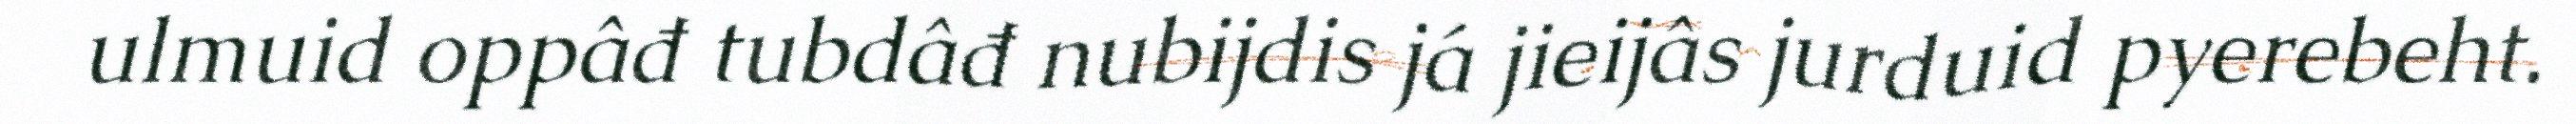
ulmuid oppâđ tubdâđ nubijdis já jieijâs jurduid pyerebeht.